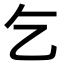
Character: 乞